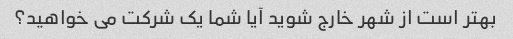
بهتر است از شهر خارج شوید آیا شما یک شرکت می خواهید؟